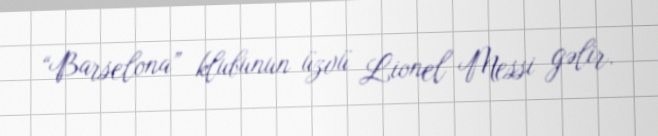
“Barselona” klubunun üzvü Lionel Messi gəlir.